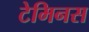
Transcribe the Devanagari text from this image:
टेमिनस